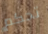
تحكم